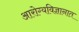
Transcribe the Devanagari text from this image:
आरोग्यविज्ञानात